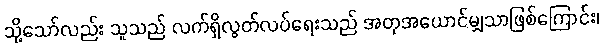
သို့သော်လည်း သူသည် လက်ရှိလွတ်လပ်ရေးသည် အတုအယောင်မျှသာဖြစ်ကြောင်း၊